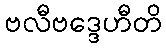
ဗလီဗဒ္ဒေဟီတိ